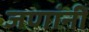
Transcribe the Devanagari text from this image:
जणांनीं